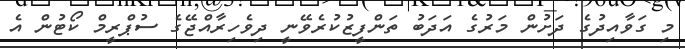
މި ގަވާއިދުގެ ދަށުން މަރުގެ އަދަބު ތަންފީޒުކުރެވޭނީ ދިވެހިރާއްޖޭގެ ސުޕްރީމް ކޯޓުން އެ